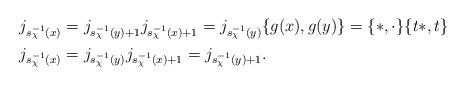
LaTeX: \begin{align*}j_{s^{-1}_\chi(x)} = j_{s^{-1}_\chi(y) + 1} j_{s^{-1}_\chi(x)+1} = j_{s^{-1}_\chi(y)} & \{g(x), g(y)\} = \{\ast, \cdot\} \{t\ast, t\} \\j_{s^{-1}_\chi(x)} = j_{s^{-1}_\chi(y)} j_{s^{-1}_\chi(x)+1} = j_{s^{-1}_\chi(y) + 1} & . \end{align*}